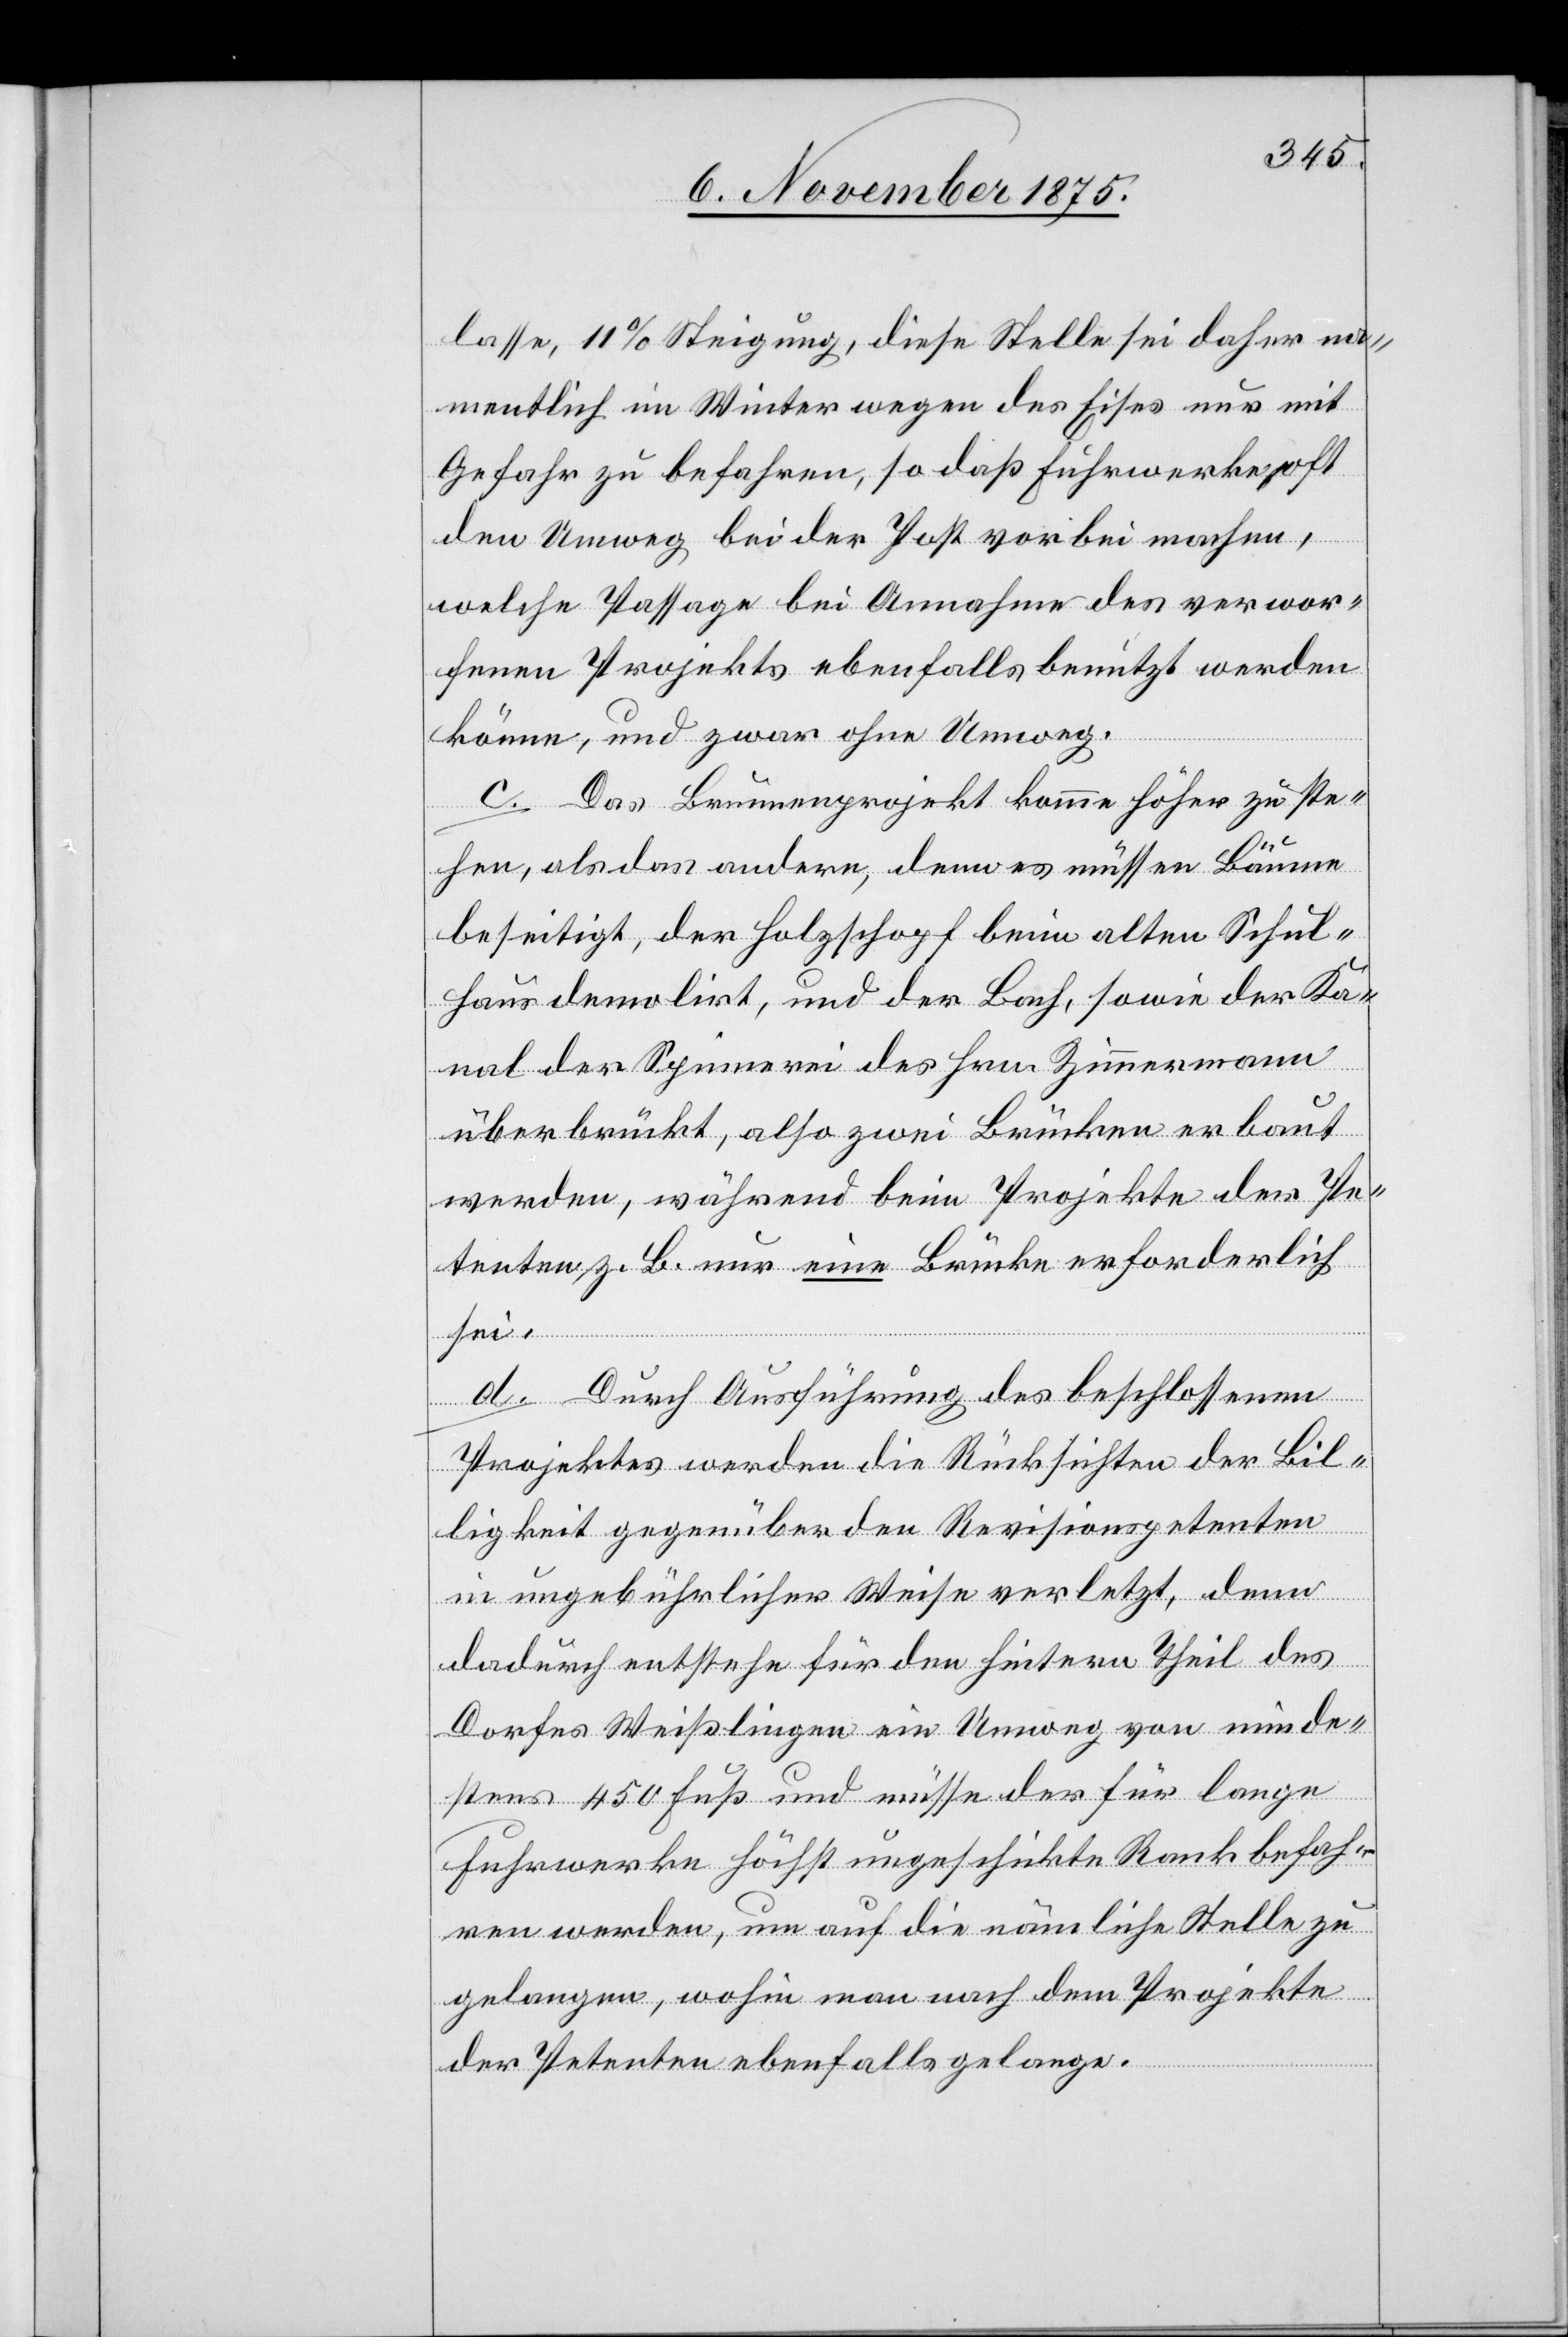
lasse, 11% Steigung, diese Stelle sei daher na¬
mentlich im Winter wegen des Eises nur mit
Gefahr zu befahren, so daß Fuhrwerke oft
den Umweg bei der Post vorbei machen,
welche Passage bei Annahme des verwor¬
fenen Projekts ebenfalls benutzt werden
könne, und zwar ohne Umweg.
c. Das Brunnenprojekt komme höher zu ste¬
hen, als das andere, denn es müssen Bäume
beseitigt, der Holzschopf beim alten Schul¬
haus demolirt, und der Bach, sowie der Ka¬
nal der Spinnerei des Hrn. Zimmermann
überbrückt, also zwei Brücken erbaut
werden, während beim Projekte der Pe¬
tenten z. B. nur eine Brücke erforderlich
sei.
d. Durch Ausführung des beschlossenen
Projektes werden die Rücksichten der Bil¬
ligkeit gegenüber den Revisionspetenten
in ungebührlicher Weise verletzt, denn
dadurch entstehe für den hintern Theil des
Dorfes Weißlingen ein Umweg von minde¬
stens 450 Fuß und müsse der für lange
Fuhrwerke höchst ungeschickte Rank befah¬
ren werden, um auf die nämliche Stelle zu
gelangen, wohin man nach dem Projekte
der Petenten ebenfalls gelange.